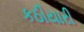
કઠીયારી